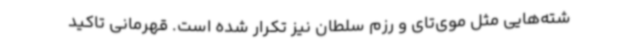
شته‌هایی مثل موی‌تای و رزم سلطان نیز تکرار شده است. قهرمانی تاکید